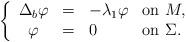
LaTeX: \begin{align*}\left \{ \begin{array}{ccll}\Delta _{b}\varphi & = & -\lambda _{1}\varphi & \mathrm{on\ }M, \\ \varphi & = & 0 & \mathrm{on\ }\Sigma .\end{array}\right. \end{align*}